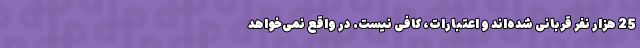
25 هزار نفر قربانی شده‌اند و اعتبارات، کافی نیست. در واقع نمی‌خواهد